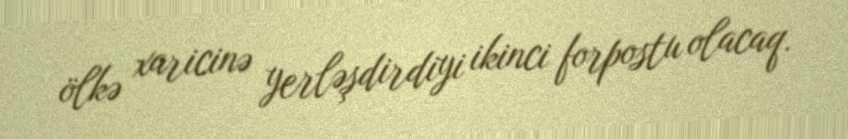
ölkə xaricinə yerləşdirdiyi ikinci forpostu olacaq.